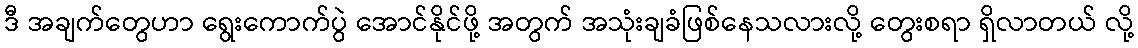
ဒီ အချက်တွေဟာ ရွေးကောက်ပွဲ အောင်နိုင်ဖို့ အတွက် အသုံးချခံဖြစ်နေသလားလို့ တွေးစရာ ရှိလာတယ် လို့